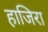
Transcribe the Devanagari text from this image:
हाजिरा